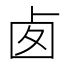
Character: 𠧧